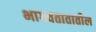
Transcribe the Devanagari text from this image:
भागवतातातील